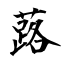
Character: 蕗